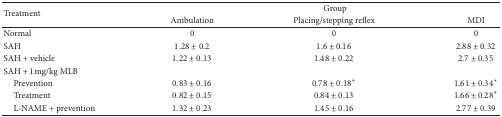
<table><thead><tr><td rowspan="2"><b>Treatment</b></td><td colspan="3"><b>Group</b></td></tr><tr><td><b>Ambulation</b></td><td><b>Placing/stepping reflex</b></td><td><b>MDI</b></td></tr></thead><tbody><tr><td>Normal</td><td>0</td><td>0</td><td>0</td></tr><tr><td>SAH</td><td>1.28 ± 0.2</td><td>1.6 ± 0.16</td><td>2.88 ± 0.32</td></tr><tr><td>SAH + vehicle</td><td>1.22 ± 0.13</td><td>1.48 ± 0.22</td><td>2.7 ± 0.35</td></tr><tr><td>SAH + 1 mg/kg MLB</td><td> </td><td> </td><td> </td></tr><tr><td> Prevention</td><td>0.83 ± 0.16</td><td>0.78 ± 0.18*</td><td>1.61 ± 0.34*</td></tr><tr><td> Treatment</td><td>0.82 ± 0.15</td><td>0.84 ± 0.13</td><td>1.66 ± 0.28*</td></tr><tr><td> L-NAME + prevention</td><td>1.32 ± 0.23</td><td>1.45 ± 0.16</td><td>2.77 ± 0.39</td></tr></tbody></table>